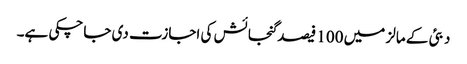
دبئی کے مالز میں 100 فیصد گنجائش کی اجازت دی جاچکی ہے۔